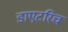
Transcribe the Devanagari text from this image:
डाएटरिच